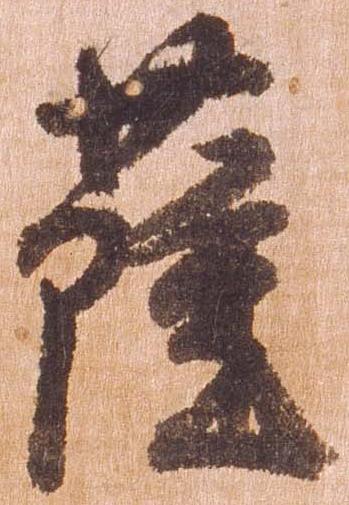
薩